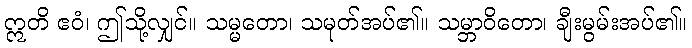
ဣတိ ဧဝံ၊ ဤသို့လျှင်။ သမ္မတော၊ သမုတ်အပ်၏။ သမ္ဘာဝိတော၊ ချီးမွမ်းအပ်၏။